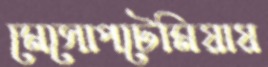
মেসোপটেমিয়ায়